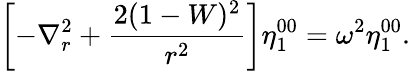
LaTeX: \left[-\nabla_{r}^{2}+\frac{2(1-W)^{2}}{r^{2}}\right]\eta_{1}^{00}=\omega^{2}\eta_{1}^{00}.